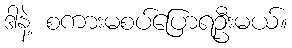
ဒါနဲ့ စကားမစပ်ပြောရဦးမယ်။